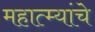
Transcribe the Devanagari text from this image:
महात्म्यांचे